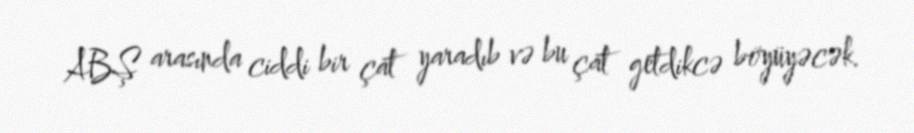
ABŞ arasında ciddi bir çat yaradıb və bu çat getdikcə böyüyəcək.